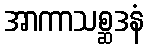
အာကာသစ္ဆဒနံ